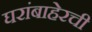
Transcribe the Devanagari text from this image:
घरांबाहेरची